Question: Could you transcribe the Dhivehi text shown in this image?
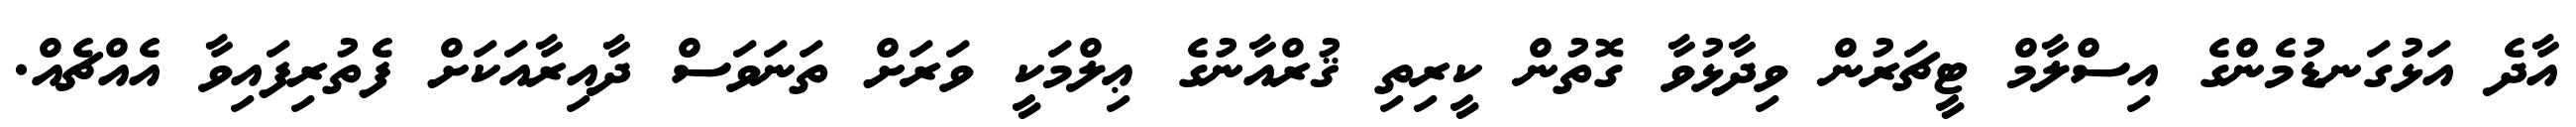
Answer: އާދެ އަޅުގަނޑުމެންގެ އިސްލާމް ޓީޗަރުން ވިދާޅުވާ ގޮތުން ކީރިތި ޤުރްއާނުގެ ޢިލްމަކީ ވަރަށް ތަނަވަސް ދާއިރާއަކަށް ފެތުރިފައިވާ އެއްޗެއް.